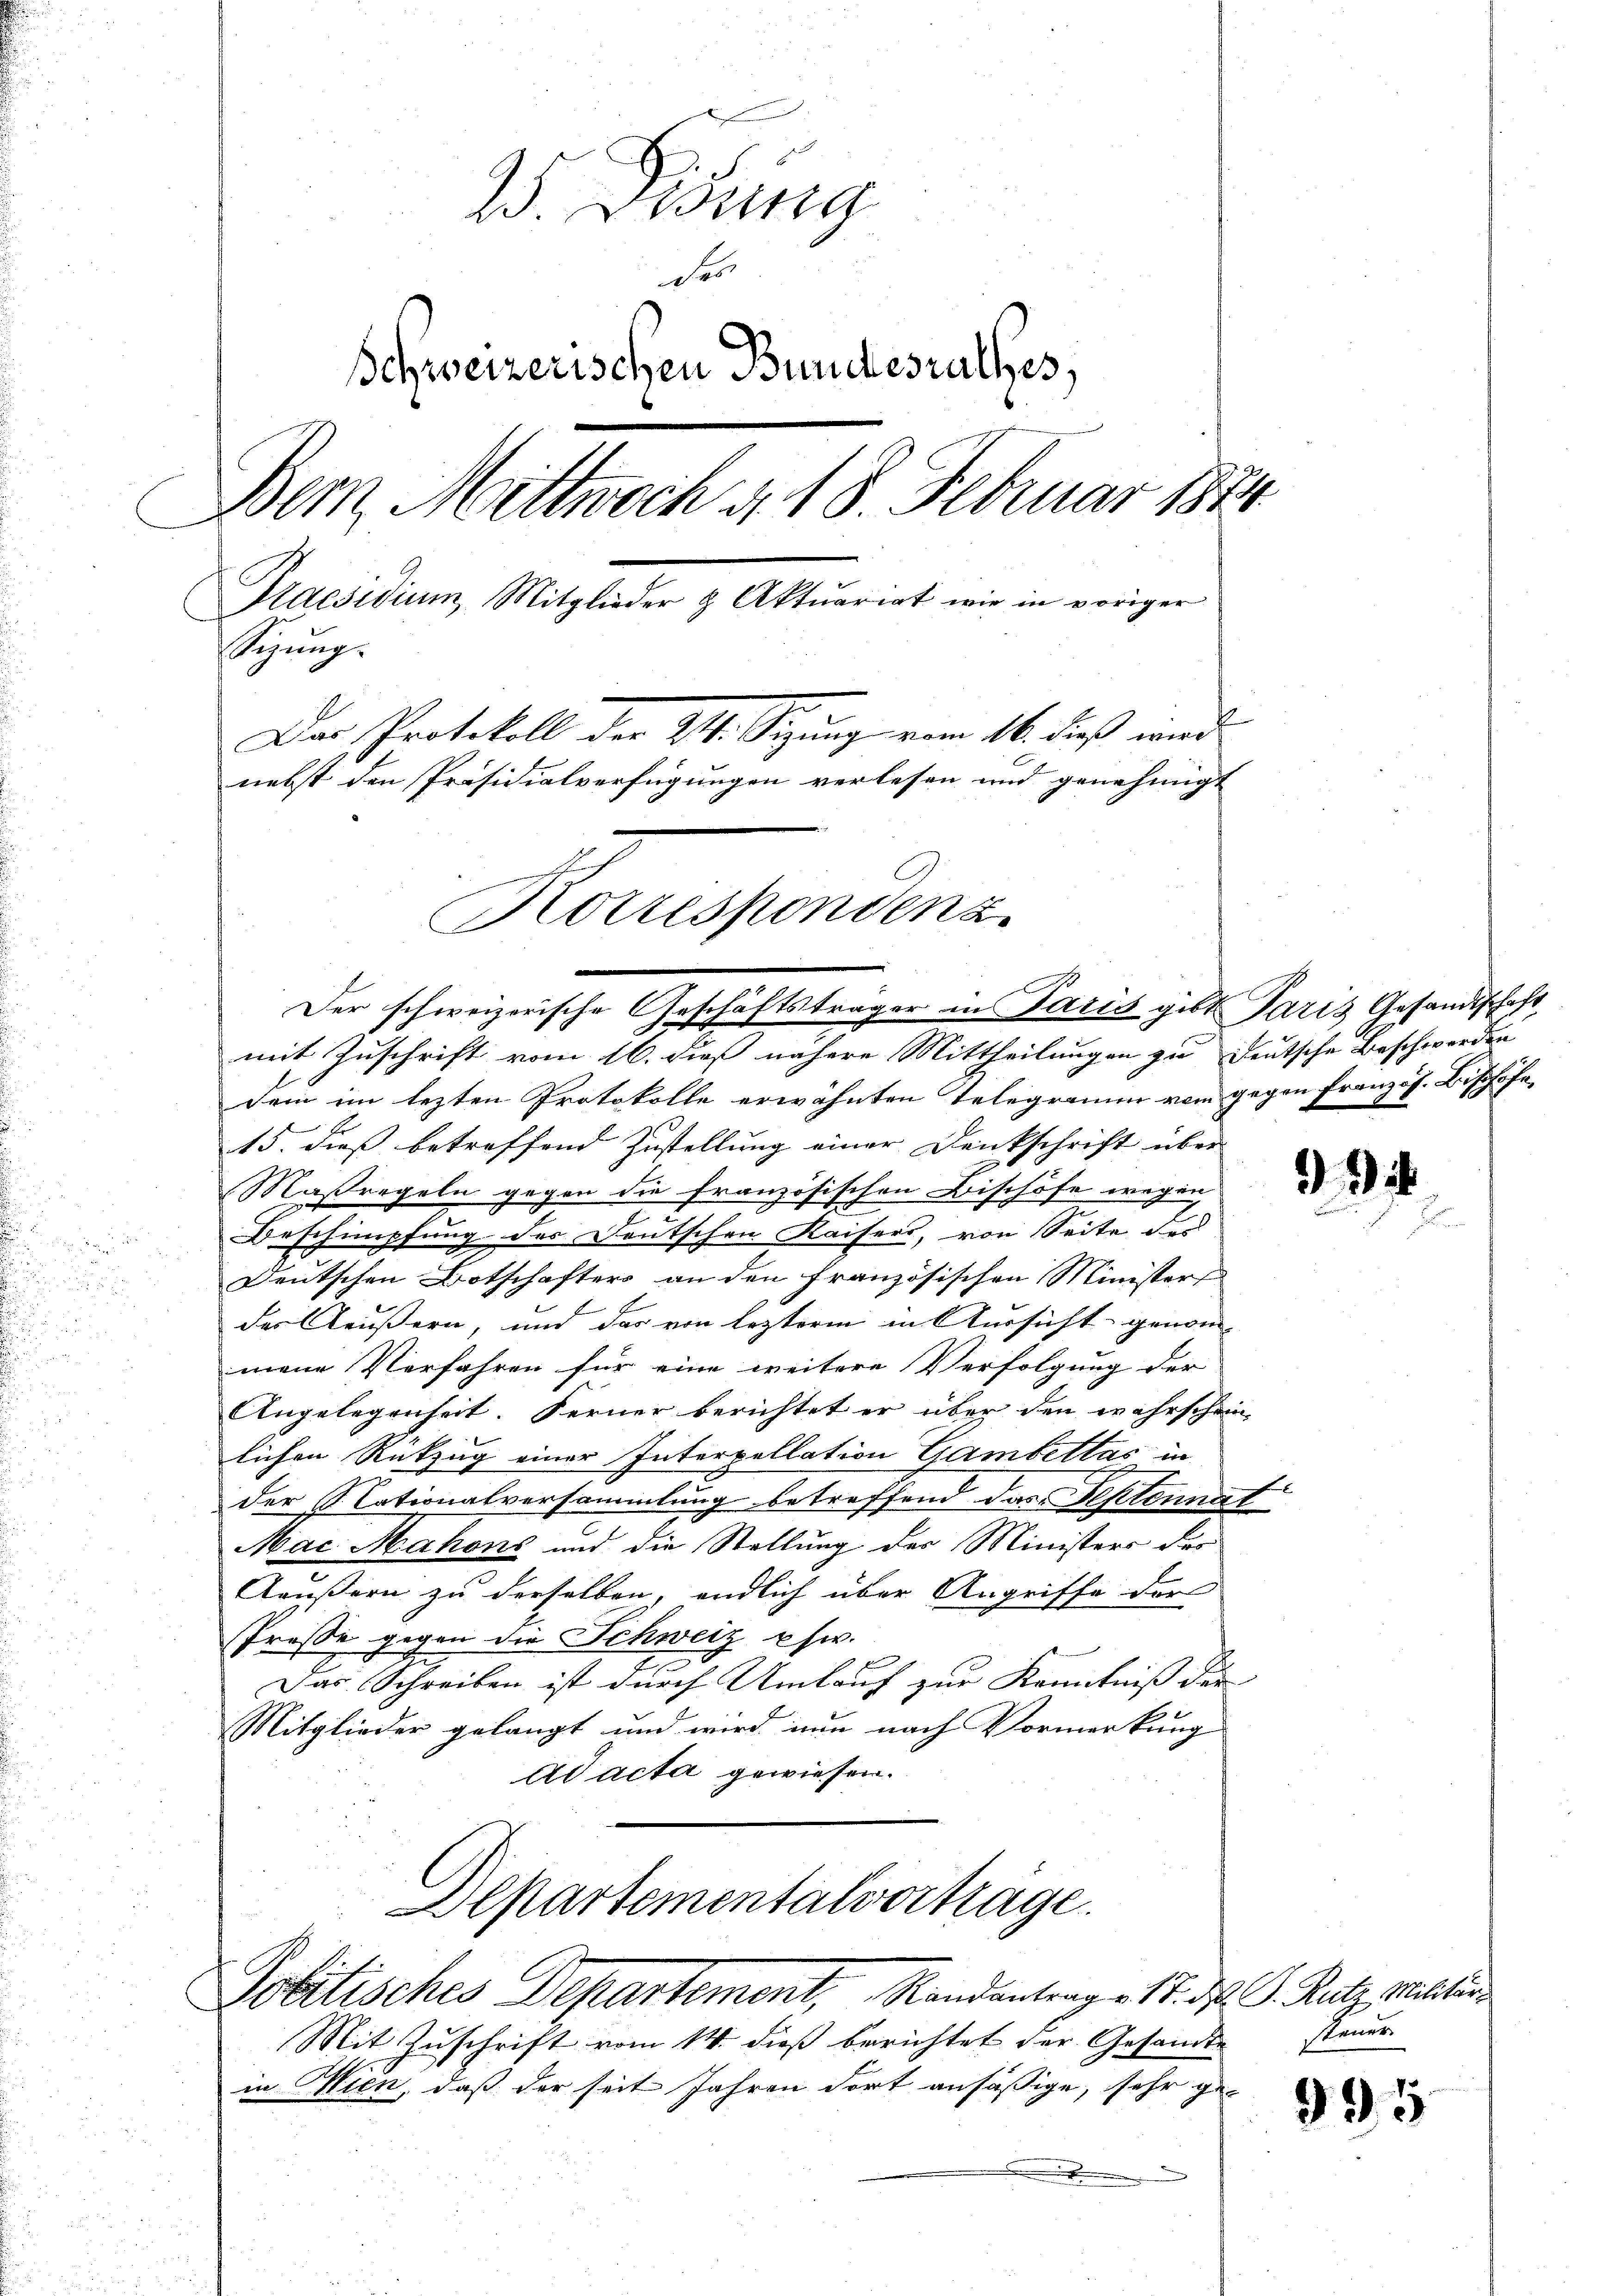
2
. Weing
der
Schweizerischen Bundesrathes,
Bern, Mittwoch d. 18. Februar 1874
Praesidium, Mitglieder & Aktuariat wie in voriger
Sigŭng.
Dar Protokoll der 211. Sizung vom 16. dieß wied
nebst den Präsidialverfügungen verlesen und genehmigt
Korresponden z
m
A

dem im lezten Protokolle erwähnten Telegramm vom gegen Französ. Bischöfe
15. dieß betreffend Zustellung einer Denkschrift über
Maßregeln gegen die französischen Bischöfe wegen
2
Beschimpfung der Deutschen Kaisers, von Seite des
Deutschen Botschafters an den französischen Minister
Er
des Aeußern, und das von lezterm in Aussicht genom-
mene Verfahren für eine weitere Verfolgung der
Angelegenheit. Ferner berichtet er über den wahrschein
lichen Rückzug einer Interpellation Gambettas in
der Nationalversammlung betreffend das Septennat
Mac Mahons und die Stellung des Ministers der
Aäußern zu derselben, endlich über Angriffe der
Prose gegen die Schweiz ehw.
Das Schreiben ist durch Umlauf zur Kenntniß der
Mitglieder gelangt und wird nun nach Vormerkung
ad acta gewiesen.
Alpartementalverträge.

Der schweizerische Geschäftsträger in Satis gibt Paris Gesandtschaft
mit Zuschrift vom 16. dieß nähere Mittheilungen zu deutsche Beschwerden

Politisches Departement, Randantrags 18.

Mit Zuschrift vom 14. dieß berichtet der Gesandt-
in Wien, daß der seit Jahren dort ansässige, sehr g
.

i

J. Rutz, Militär-
2steuer

995